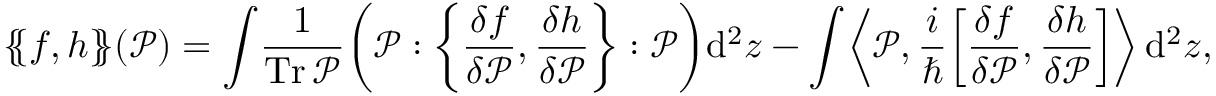
\{ \! \! \{ f , h \} \! \! \} ( \mathcal { P } ) = \int \! \frac 1 { \operatorname { T r } \mathcal { P } } \bigg ( \mathcal { P } : \bigg \{ \frac { \delta f } { \delta \mathcal { P } } , \frac { \delta h } { \delta \mathcal { P } } \bigg \} : \mathcal { P } \bigg ) \mathrm { d } ^ { 2 } z - \int \! \left\langle \mathcal { P } , \frac { i } \hbar \! \left[ \frac { \delta f } { \delta \mathcal { P } } , \frac { \delta h } { \delta \mathcal { P } } \right] \right\rangle \mathrm { d } ^ { 2 } z ,